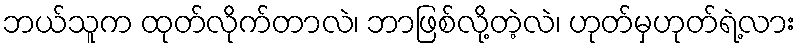
ဘယ်သူက ထုတ်လိုက်တာလဲ၊ ဘာဖြစ်လို့တဲ့လဲ၊ ဟုတ်မှဟုတ်ရဲ့လား